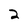
Character: 2